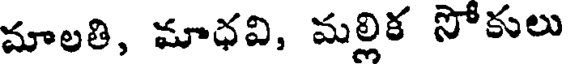
మాలతి, మాధవి, మల్లిక సోకులు